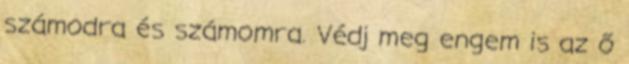
számodra és számomra. Védj meg engem is az ő